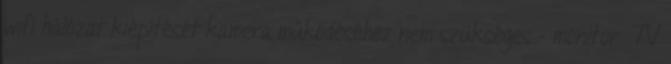
wifi hálózat kiépítését kamera működéséhez nem szükséges - monitor TV